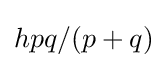
hpq/(p+q)